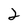
Character: 2